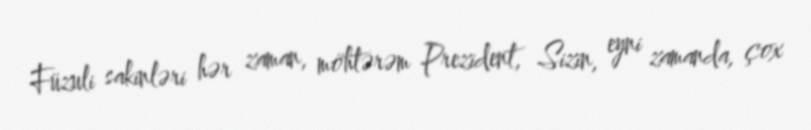
Füzuli sakinləri hər zaman, möhtərəm Prezident, Sizin, eyni zamanda, çox